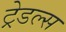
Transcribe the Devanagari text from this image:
ट्रेडल्स